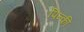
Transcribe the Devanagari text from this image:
पिन्की